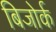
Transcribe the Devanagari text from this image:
बिजोर्क